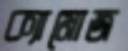
ক্যামোজ